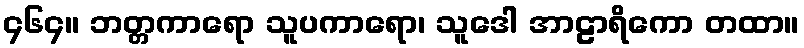
၄၆၄။ ဘတ္တကာရော သူပကာရော၊ သူဒေါ အာဠာရိကော တထာ။